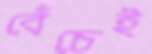
বেঁচেই